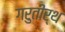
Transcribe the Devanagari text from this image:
गरुतीर्थ